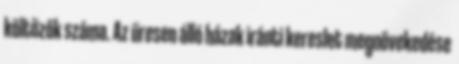
költözők száma. Az üresen álló házak iránti kereslet megnövekedése